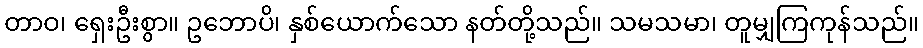
တာဝ၊ ရှေးဦးစွာ။ ဥဘောပိ၊ နှစ်ယောက်သော နတ်တို့သည်။ သမသမာ၊ တူမျှကြကုန်သည်။